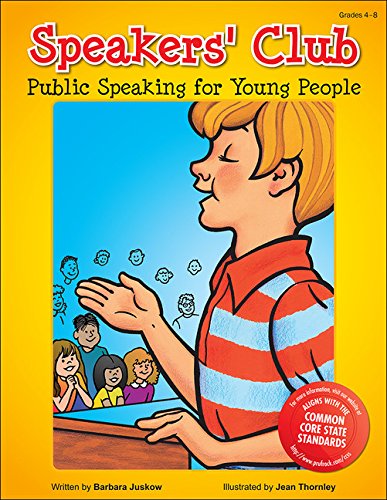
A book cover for Speakers' Club: Public Speaking for Young People; Barbara Juskow; Reference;